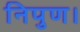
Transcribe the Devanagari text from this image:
निपुण।